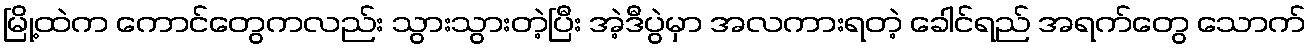
မြို့ထဲက ကောင်တွေကလည်း သွားသွားတဲ့ပြီး အဲ့ဒီပွဲမှာ အလကားရတဲ့ ခေါင်ရည် အရက်တွေ သောက်